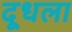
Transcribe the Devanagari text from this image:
दूधला